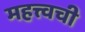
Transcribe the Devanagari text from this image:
महत्त्वची